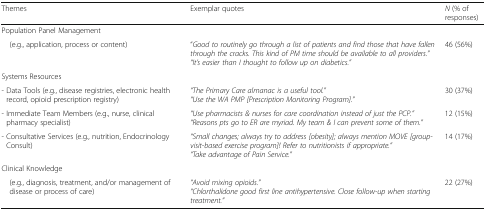
| Themes | Exemplar quotes | N (% of responses) |
 | --- | --- | --- |
 | <COLSPAN=3> Population Panel Management |
 | (e.g., application, process or content) | “Good to routinely go through a list of patients and find those that have fallen through the cracks. This kind of PM time should be available to all providers.”“It’s easier than I thought to follow up on diabetics.” | 46 (56%) |
 | <COLSPAN=3> Systems Resources |
 | - Data Tools (e.g., disease registries, electronic health record, opioid prescription registry) | “The Primary Care almanac is a useful tool.”“Use the WA PMP [Prescription Monitoring Program].” | 30 (37%) |
 | - Immediate Team Members (e.g., nurse, clinical pharmacy specialist) | “Use pharmacists & nurses for care coordination instead of just the PCP.”“Reasons pts go to ER are myriad. My team & I can prevent some of them.” | 12 (15%) |
 | - Consultative Services (e.g., nutrition, Endocrinology Consult) | “Small changes; always try to address [obesity]; always mention MOVE [group-visit-based exercise program]! Refer to nutritionists if appropriate.”“Take advantage of Pain Service.” | 14 (17%) |
 | <COLSPAN=3> Clinical Knowledge |
 | (e.g., diagnosis, treatment, and/or management of disease or process of care) | “Avoid mixing opioids.”“Chlorthalidone good first line antihypertensive. Close follow-up when starting treatment.” | 22 (27%) |